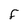
Character: F